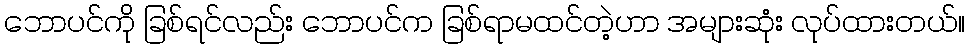
ဘောပင်ကို ခြစ်ရင်လည်း ဘောပင်က ခြစ်ရာမထင်တဲ့ဟာ အများဆုံး လုပ်ထားတယ်။